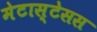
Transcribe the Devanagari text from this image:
मेटास्टेसस